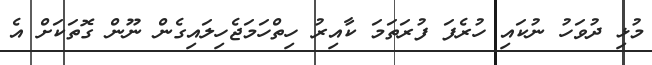
މުޅި ދުވަހު ނުކައި ހުރެފަ ފުރަތަމަ ކާއިރު ހިތްހަމަޖެހިލައިގެން ނޫން ގޮތަކަށް އެ